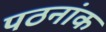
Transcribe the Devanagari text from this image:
पठनांक